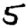
Digit: 5